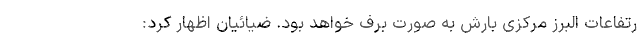
رتفاعات البرز مرکزی بارش به صورت برف خواهد بود. ضیائیان اظهار کرد: